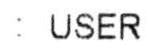
: USER